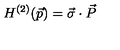
H ^ { ( 2 ) } ( \vec { p } ) = \vec { \sigma } \cdot \vec { P }